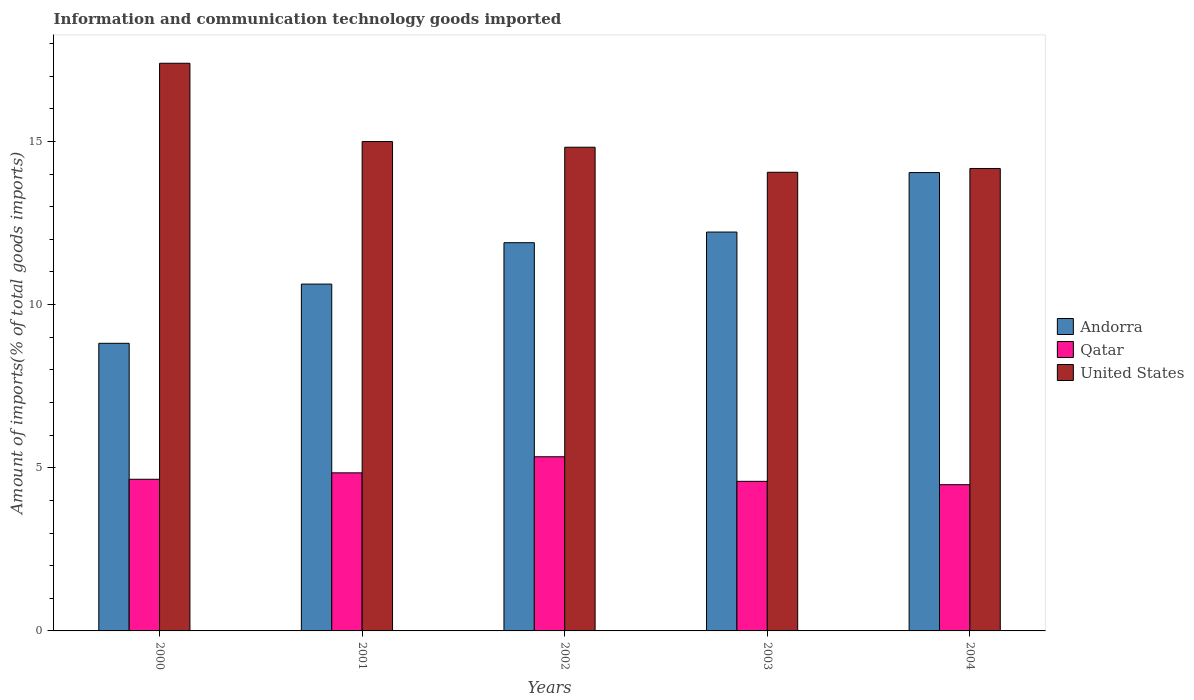
| Years | Andorra | Qatar | United States |
 | --- | --- | --- | --- |
 | 2000 | 8.81 | 4.65 | 17.4 |
 | 2001 | 10.6 | 4.84 | 15 |
 | 2002 | 11.9 | 5.34 | 14.8 |
 | 2003 | 12.2 | 4.58 | 14.1 |
 | 2004 | 14 | 4.48 | 14.2 |